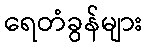
ရေတံခွန်များ